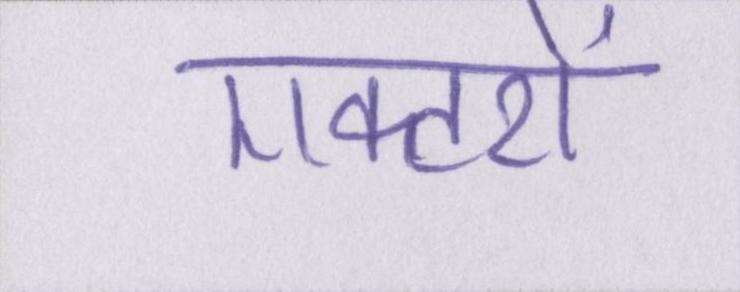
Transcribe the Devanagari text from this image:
एक्टरों